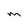
Character: m